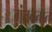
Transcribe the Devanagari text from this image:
गुंतवतात